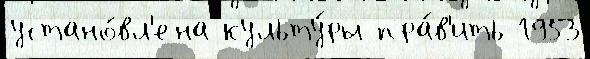
устано́вл'ена культу́ры пра́в'ить 1953